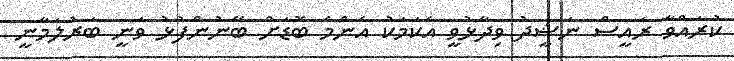
ކުރައްވާ ރައީސް ނަޝީދު ވިދާޅުވީ އެކަމަކު އެންމެ ބޮޑަށް ބޭނުންފުޅު ވަނީ ބަރުލަމާނީ